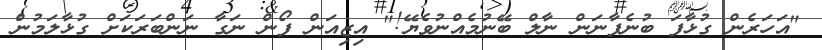
"އަހަރެން ގުޅާފަ ބުނެފާނަން ނާލް ބޭނުމެއްނުވެޔޭ!" އިޒިއަން ފޯން ނަގާ ނަންބަރަކަށް ގުޅާލަމުން